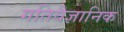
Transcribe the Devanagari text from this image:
गतिवैज्ञानिक